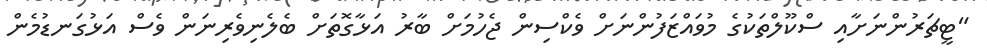
"ޓީޗަރުންނަށާއި ސްކޫލްތަކުގެ މުވައްޒަފުންނަށް ވެކްސިން ޖެހުމަށް ބާރު އަޅާގޮތަށް ބެލެނިވެރިނަން ވެސް އަޅުގަނޑުމެން